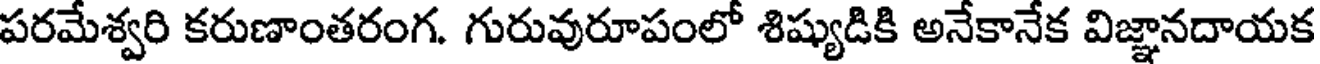
పరమేశ్వరి కరుణాంతరంగ. గురువురూపంలో శిష్యుడికి అనేకానేక విజ్ఞానదాయక